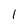
Character: 1